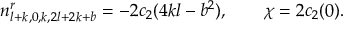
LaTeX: n _ { l + k , 0 , k , 2 l + 2 k + b } ^ { r } = - 2 c _ { 2 } ( 4 k l - b ^ { 2 } ) , \ \ \ \ \ \ \chi = 2 c _ { 2 } ( 0 ) .